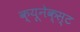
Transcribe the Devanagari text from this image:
क्यूनेक्स्ट